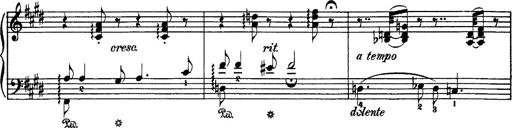
Title: Hungarian Rhapsody No.1
Composer: Franz Liszt
Key: C-sharp minor